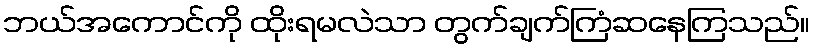
ဘယ်အကောင်ကို ထိုးရမလဲသာ တွက်ချက်ကြံဆနေကြသည်။